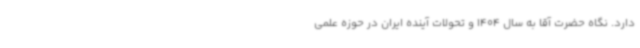
دارد. نگاه حضرت آقا به سال 1404 و تحولات آینده ایران در حوزه علمی